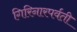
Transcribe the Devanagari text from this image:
गिरिनारपर्वती